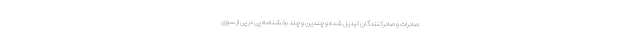
صادرات و صادرکنندگان تبدیل شده و چندین و چند بخشنامه پی در پی از سوی